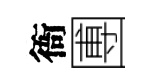
衙圑